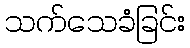
သက်သေခံခြင်း